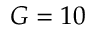
G = 1 0